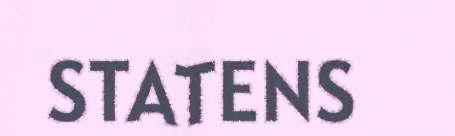
STATENS